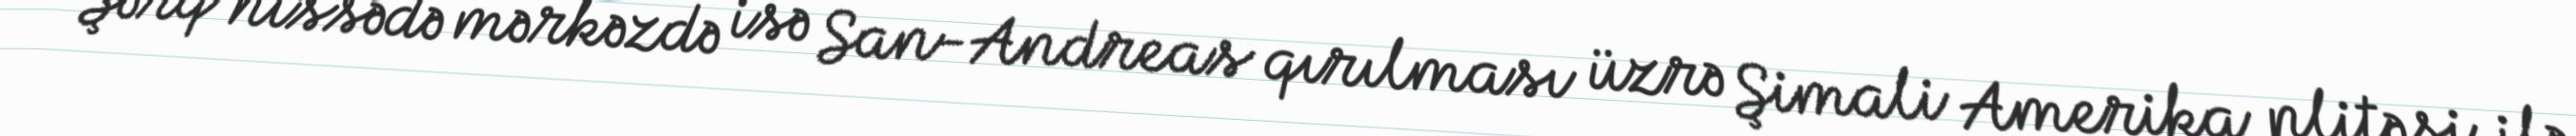
Şərq hissədə mərkəzdə isə San-Andreas qırılması üzrə Şimali Amerika plitəsi ilə